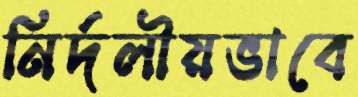
নির্দলীয়ভাবে